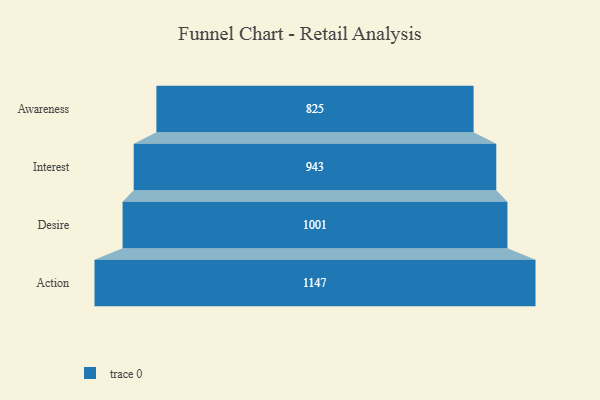
{"axis": {"x": "Stage", "y": "Value"}, "legend": [""], "data": [{"x": "Awareness", "y": 825.0, "type": ""}, {"x": "Interest", "y": 943.0, "type": ""}, {"x": "Desire", "y": 1001.0, "type": ""}, {"x": "Action", "y": 1147.0, "type": ""}]}